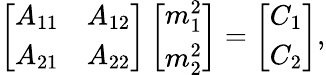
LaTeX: \left[\begin{array}{cc}{{A_{11}}}&{{A_{12}}}\\ {{A_{21}}}&{{A_{22}}}\end{array}\right]\left[\begin{array}{c}{{m_{1}^{2}}}\\ {{m_{2}^{2}}}\end{array}\right]=\left[\begin{array}{c}{{C_{1}}}\\ {{C_{2}}}\end{array}\right],